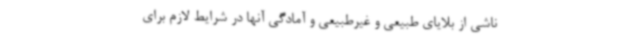
ناشی از بلایای طبیعی و غیرطبیعی و آمادگی آنها در شرایط لازم برای